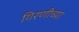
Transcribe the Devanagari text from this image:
गिरणीच्या